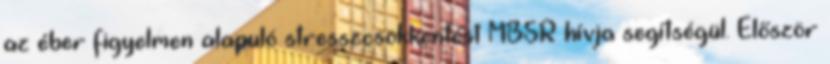
az éber figyelmen alapuló stresszcsökkentést MBSR hívja segítségül. Először